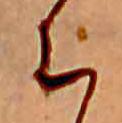
ち